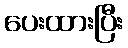
ပေးထားပြီး